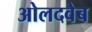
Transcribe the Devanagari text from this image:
ओलदवेब